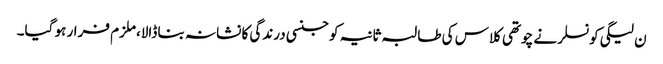
ن لیگی کونسلر نے چوتھی کلاس کی طالبہ ثانیہ کو جنسی درندگی کا نشانہ بنا ڈالا،ملزم فرار ہو گیا۔